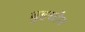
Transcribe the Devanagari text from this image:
वुइत्तोन